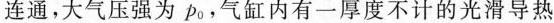
连通，大气压强为p_{0}，气缸内有一厚度不计的光滑导热